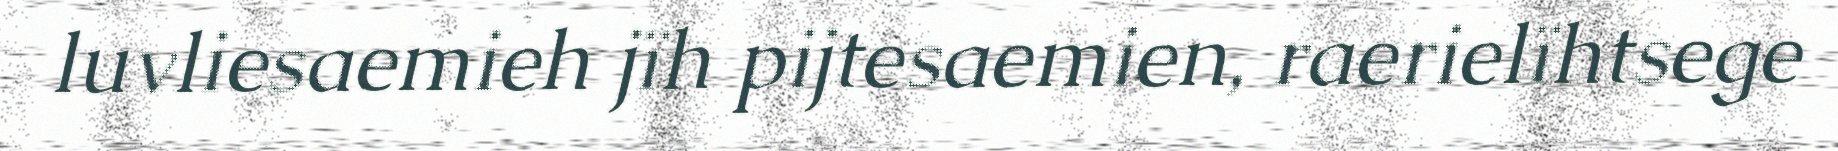
luvliesaemieh jïh pijtesaemien, raerielïhtsege